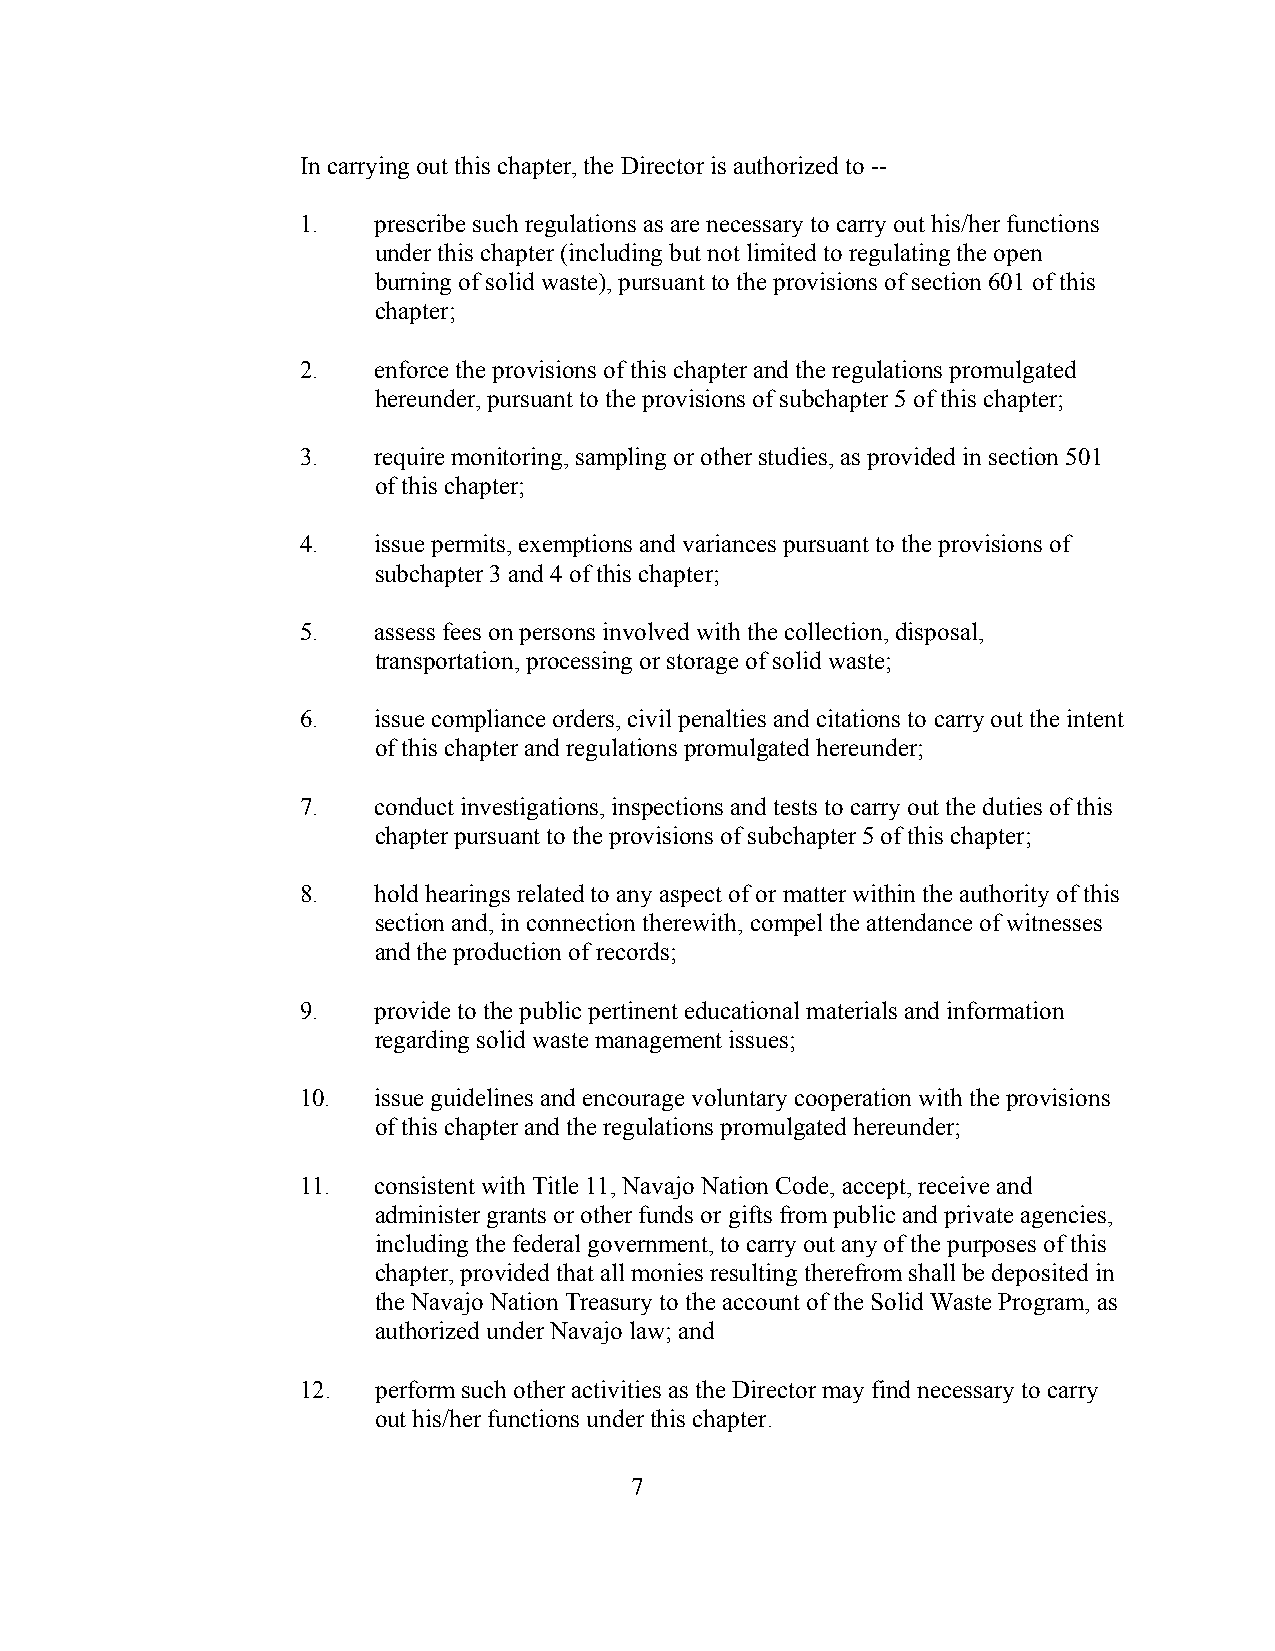
In carrying out this chapter, the Director is authorized to --
 1.   prescribe such regulations as are necessary to carry out his/her functions
 under this chapter (including but not limited to regulating the open
 burning of solid waste), pursuant to the provisions of section 601 of this
 chapter;
 2.   enforce the provisions of this chapter and the regulations promulgated
 hereunder, pursuant to the provisions of subchapter 5 of this chapter;
 3.   require monitoring, sampling or other studies, as provided in section 501
 of this chapter;
 4.   issue permits, exemptions and variances pursuant to the provisions of
 subchapter 3 and 4 of this chapter;
 5.   assess fees on persons involved with the collection, disposal,
 transportation, processing or storage of solid waste;
 6.   issue compliance orders, civil penalties and citations to carry out the intent
 of this chapter and regulations promulgated hereunder;
 7.   conduct investigations, inspections and tests to carry out the duties of this
 chapter pursuant to the provisions of subchapter 5 of this chapter;
 8.   hold hearings related to any aspect of or matter within the authority of this
 section and, in connection therewith, compel the attendance of witnesses
 and the production of records;
 9.   provide to the public pertinent educational materials and information
 regarding solid waste management issues;
 10.  issue guidelines and encourage voluntary cooperation with the provisions
 of this chapter and the regulations promulgated hereunder;
 11.  consistent with Title 11, Navajo Nation Code, accept, receive and
 administer grants or other funds or gifts from public and private agencies,
 including the federal government, to carry out any of the purposes of this
 chapter, provided that all monies resulting therefrom shall be deposited in
 the Navajo Nation Treasury to the account of the Solid Waste Program, as
 authorized under Navajo law; and
 12.  perform such other activities as the Director may find necessary to carry
 out his/her functions under this chapter.
 7